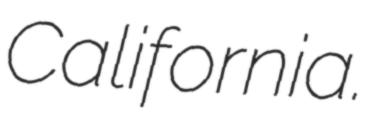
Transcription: California.